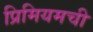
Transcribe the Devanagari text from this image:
प्रिमियमची